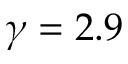
\gamma = 2 . 9